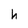
Character: h